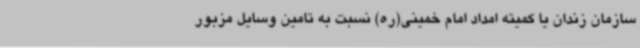
سازمان زندان یا کمیته امداد امام خمینی(ره) نسبت به تامین وسایل مزبور